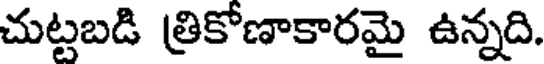
చుట్టబడి త్రికోణాకారమై ఉన్నది.